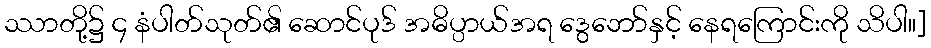
ဿာတို့၌ ၄ နံပါတ်သုတ်၏ ဆောင်ပုဒ် အဓိပ္ပာယ်အရ ဒွေဘော်နှင့် နေရကြောင်းကို သိပါ။]